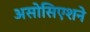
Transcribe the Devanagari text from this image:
असोसिएशने